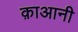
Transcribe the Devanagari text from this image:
क़ाआनी